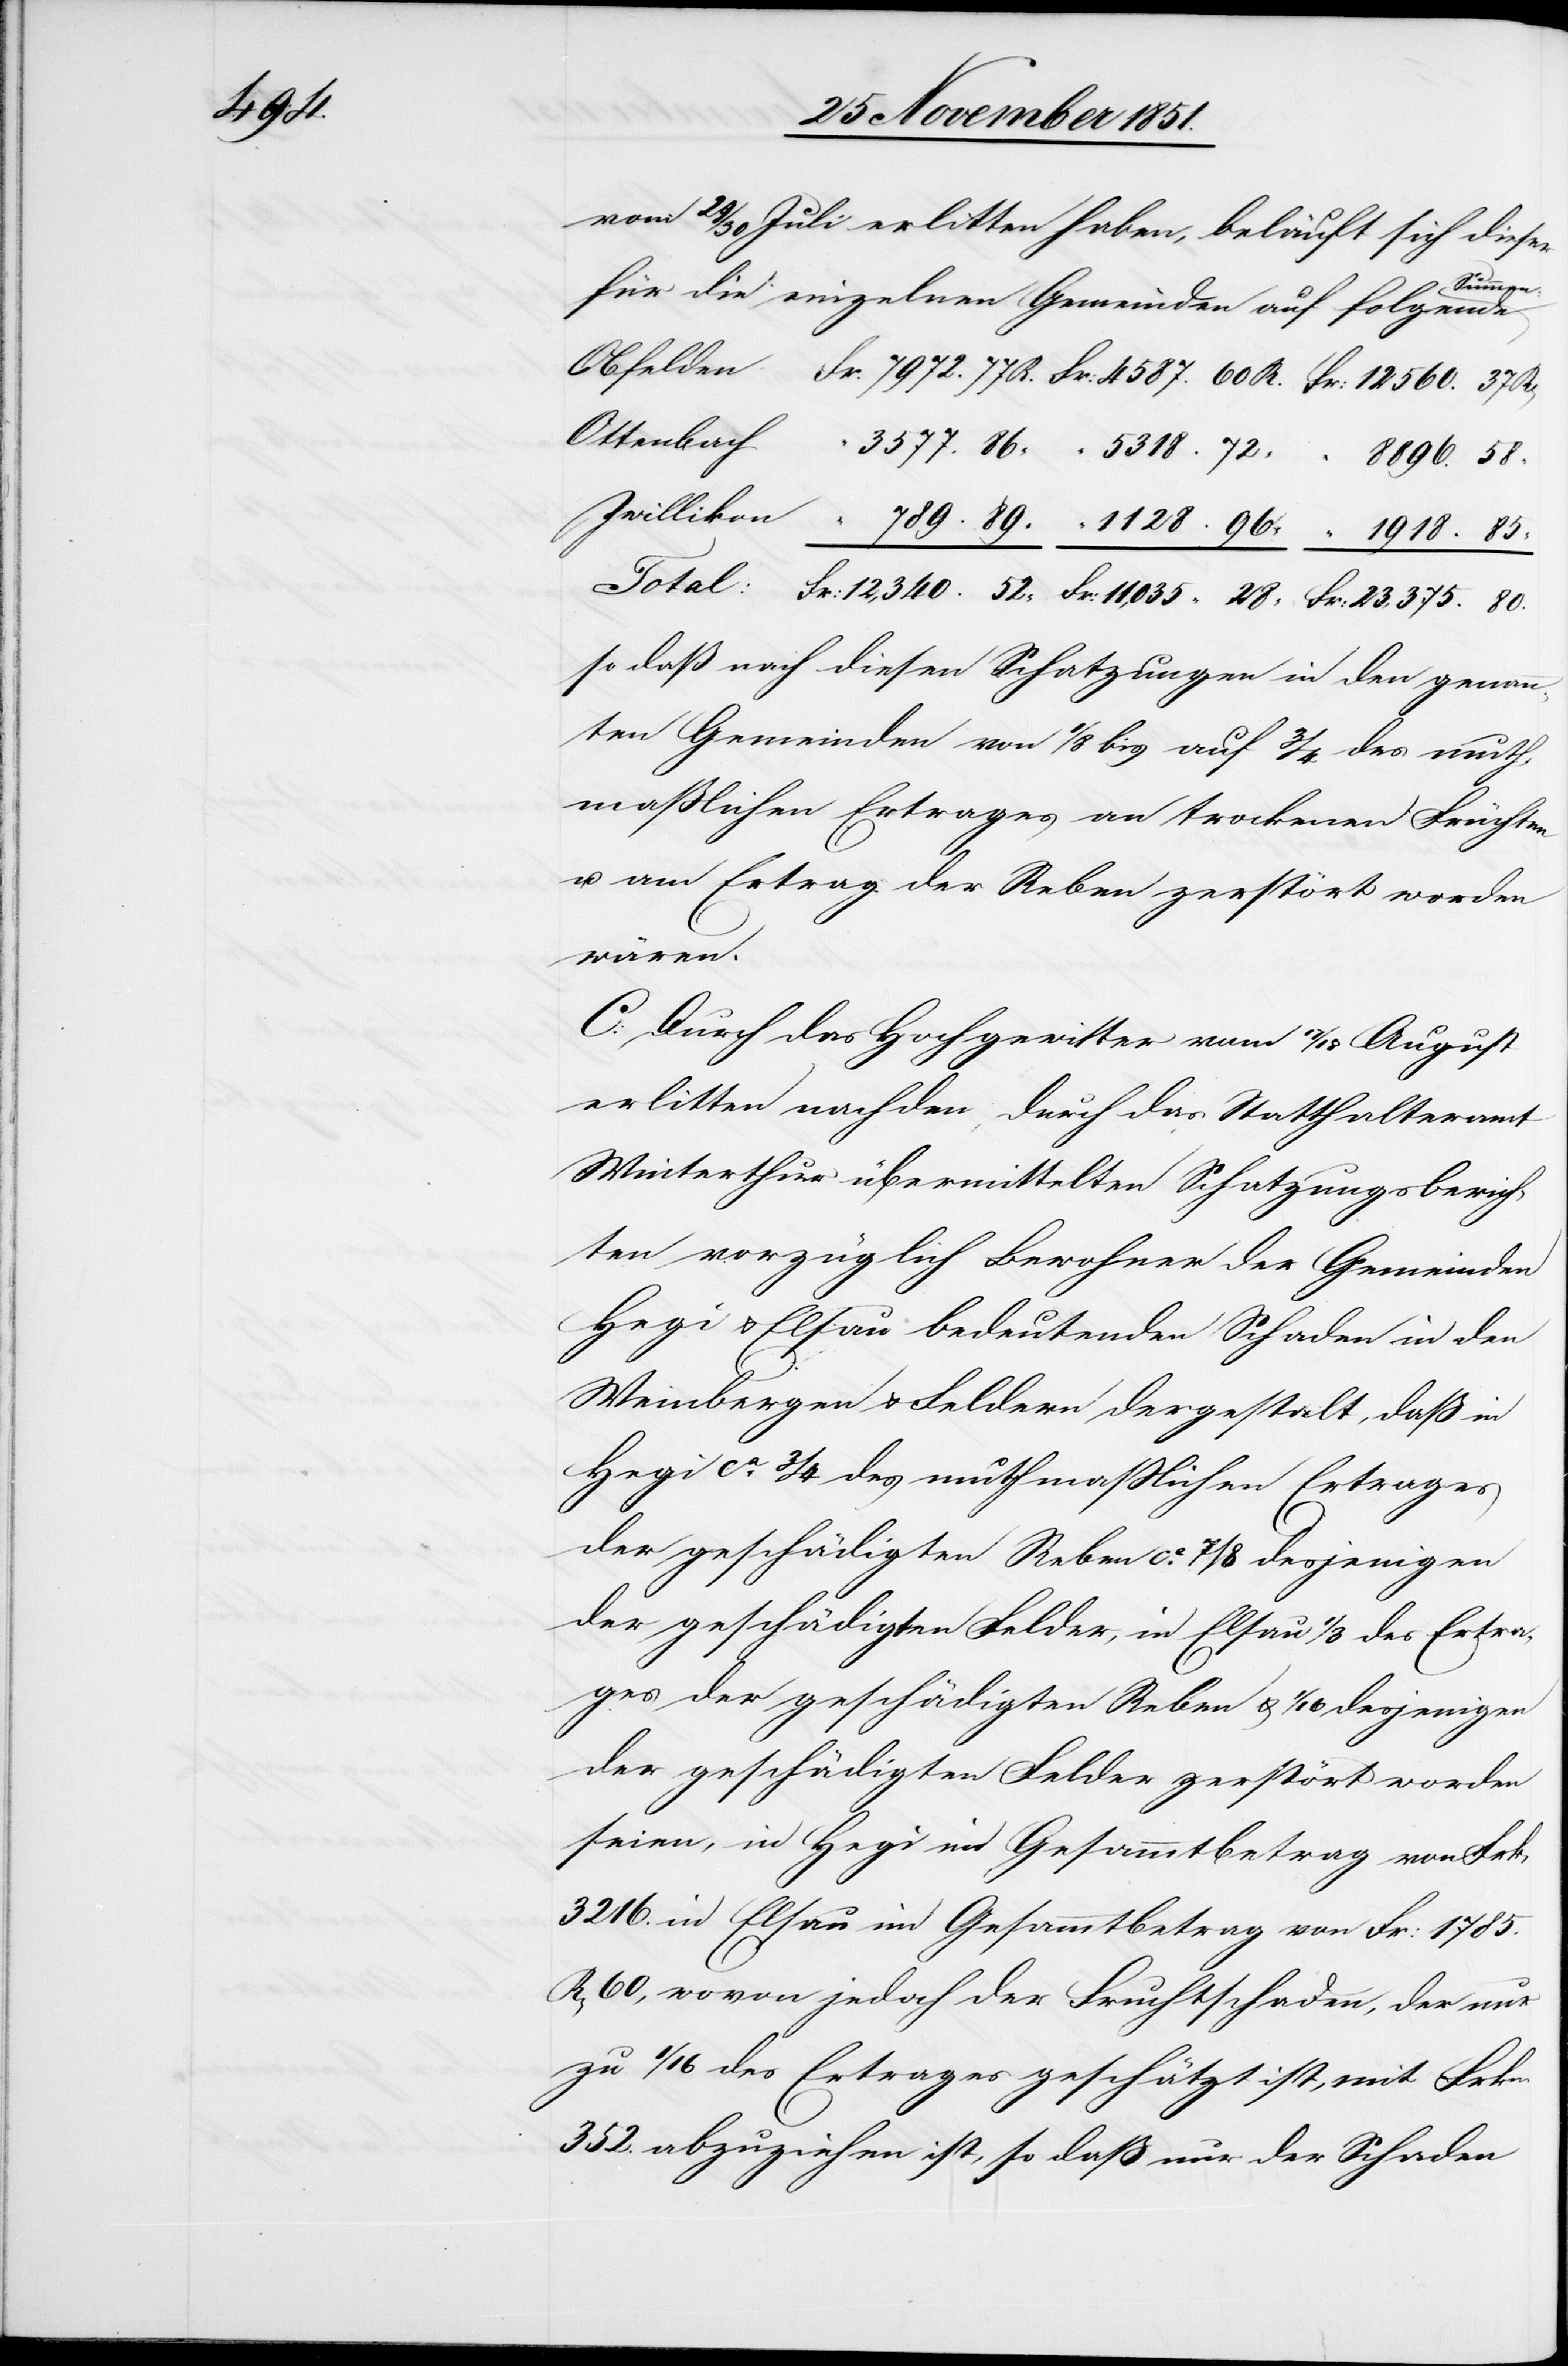
ges

vom 29 / 30 Juli erlitten haben, beläuft sich dieser
Summen:
für die einzelnen Gemeinden auf folgende
so daß nach diesen Schatzungen in den genann¬
ten Gemeinden von 1/8 bis auf 3/4 des muth¬
maßlichen Ertrages an trockenen Früchten
u. am Ertrag der Reben zerstört worden
wären.
C: Durch das Hochgewitter vom 17 / 18 August
erlitten nach den, durch das Statthalteramt
Winterthur übermittelten Schatzungsberich¬
ten vorzüglich Bewohner der Gemeinden
Hegi & Elsau bedeutenden Schaden in den
Weinbergen & Feldern dergestalt, daß in
Hegi ca. 3/4 des muthmaßlichen Ertrages
der geschädigten Reben & 1/16 desjenigen
der geschädigten Felder, in Elsau 1/3 des Ertra¬
der geschädigten Felder zerstört worden
seien, in Hegi im Gesammtbetrag von Frk
3216.[,] in Elsau im Gesammtbetrag von Fr: 1785.
60, wovon jedoch der Fruchtschaden, der nur
zu 1/16 des Ertrages geschätzt ist, mit Frkn.
352. abzuziehen ist, so daß nur der Schaden

“